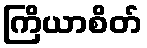
ကြိယာစိတ်